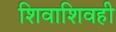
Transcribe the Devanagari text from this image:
शिवाशिवही